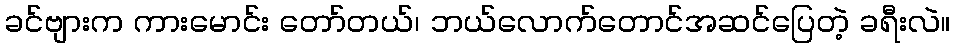
ခင်ဗျားက ကားမောင်း တော်တယ်၊ ဘယ်လောက်တောင်အဆင်ပြေတဲ့ ခရီးလဲ။